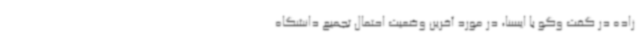
زاده در گفت وگو با ایسنا، در مورد آخرین وضعیت احتمال تجمیع دانشگاه